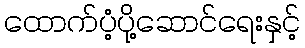
ထောက်ပံ့ပို့ဆောင်ရေးနှင့်